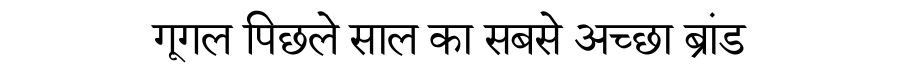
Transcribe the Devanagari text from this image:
गूगल पिछले साल का सबसे अच्छा ब्रांड